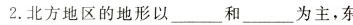
2.北方地区的地形以___和___为主，东